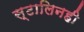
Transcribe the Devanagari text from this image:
स्टालिनही